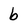
Character: b